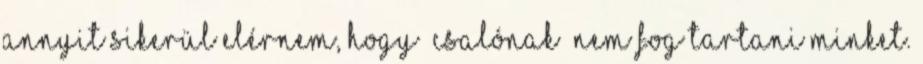
annyit sikerül elérnem, hogy “csalónak” nem fog tartani minket.